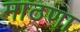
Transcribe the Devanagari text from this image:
माठणा